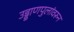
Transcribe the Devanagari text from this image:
उड्डाणपुलांवरून